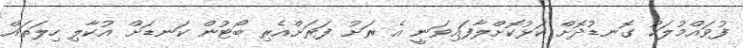
ފުވައްމުލަކު ގޮނޑުދޮށް ކަޅުކޮށްލާފައިވަނީ އެ ރަށު ފަރަށްއެރި ބޯޓުން ކަނޑަށް އުކާލި ހިލަތައް